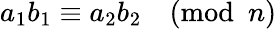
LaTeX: a_{1}b_{1}\equiv a_{2}b_{2}{\pmod{n}}